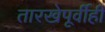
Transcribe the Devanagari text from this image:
तारखेपूर्वीही